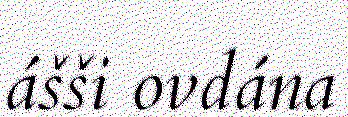
ášši ovdána